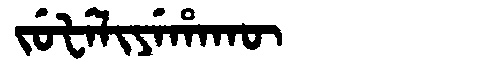
Manchu: ᠵᡠᡶᡝᠯᡳᠶᡝᡥᠠᡴᡡ
Romanization: JUFELIYEHAKŪ